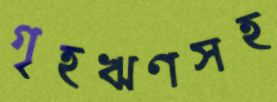
গৃহঋণসহ